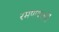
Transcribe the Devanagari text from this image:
रमणवसतिं